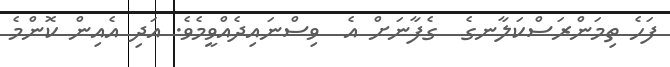
ފަހެ ތިމަންރަސްކަލާނގެ  ގެފާނަށް އެ  ވިސްނައިދެއްވީމެވެ. އަދި އެއިން ކޮންމެ